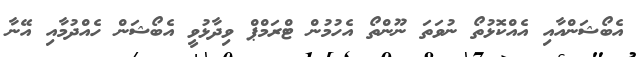
އެބޯޝަންއާއި އެއްކޮޅުތޯ ނުވަތަ ނޫންތޯ އެހުމުން ޓްރަމްޕް ވިދާޅުވީ އެބޯޝަން ހެއްދުމާއި އޭނާ